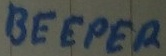
Text: BEEPER